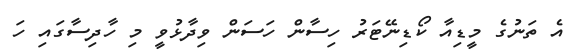
އެ ތަނުގެ މީޑިއާ ކޯޑިނޭޓަރު ހިސާން ހަސަން ވިދާޅުވީ މި ހާދިސާގައި ހަ